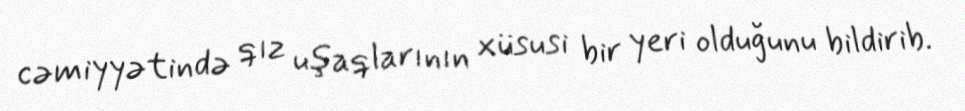
cəmiyyətində qız uşaqlarının xüsusi bir yeri olduğunu bildirib.